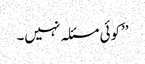
’’کوئی مسئلہ نہیں۔